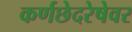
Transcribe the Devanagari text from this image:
कर्णछेदरेषेवर